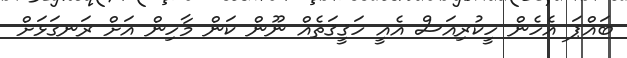
ބައްޕަ އެހެން ހީކުރިއަސް އެއީ ހަޤީޤަތެއް ނޫން ކަން މާހިން އަށް ރަނގަޅަށް